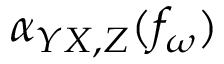
\alpha _ { Y X , Z } ( f _ { \omega } )